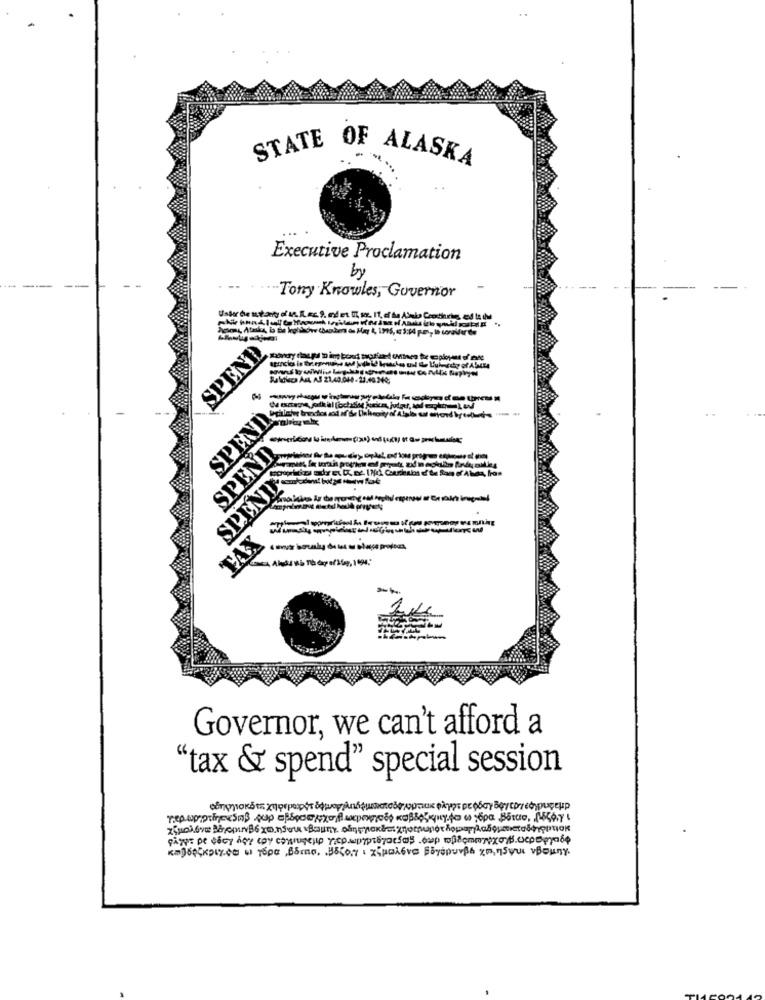
STATE OF ALASKA
Executive Proclamation
by
Tony Knowles, Governor
SPEND
Jualtics As, AS 21,40.010 - 23.40.240;
SPEND
SPEND
SPEND
TAX
Governor, we can't afford a
"tax & spend" special session
Km160x917.00 - 16pc ,Brno. 350,7 . zipai6ve Boyspurße 20,75que vBouny.